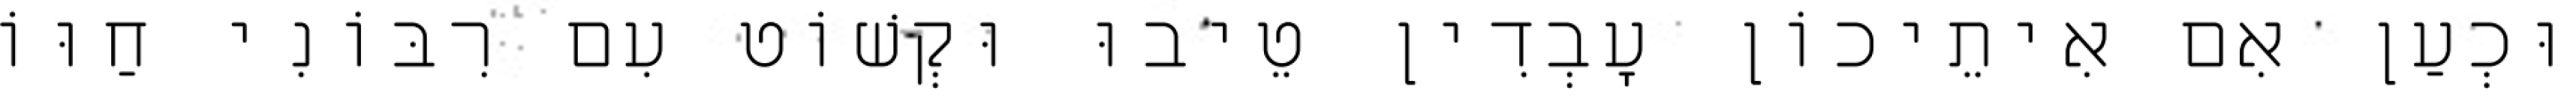
וּכְעַן אִם אִיתֵיכוֹן עָבְדִין טֵיבוּ וּקְשׁוֹט עִם רִבּוֹנִי חַוּוֹ